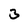
Character: 3